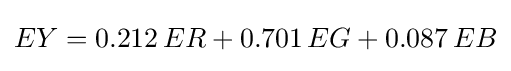
{\begin{aligned}EY=0.212\,ER+0.701\,EG+0.087\,EB\end{aligned}}